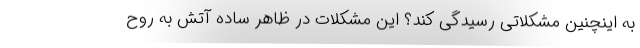
به اینچنین مشکلاتی رسیدگی کند؟ این مشکلات در ظاهر ساده آتش به روح